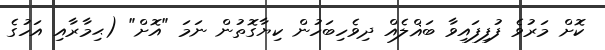
ކޮށް މަރުވެ ފުފިފައިވާ ބަޣްލެއް ދިވެހިބަހުން ކިޔާގޮތުން ނަމަ "އޮށް" (ޙިމާރާއި އަހުގެ